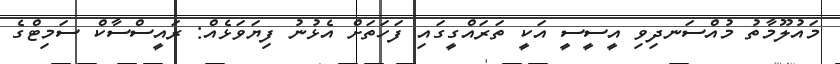
މައުލޫމާތު މުއްސަނދިވި އީސީސީ އަކީ ތަރައްގީގައި ފަހަތަށް އެޅުނު ފިޔަވަޅެއް: ރައީސްސާކް ސަމިޓްގެ